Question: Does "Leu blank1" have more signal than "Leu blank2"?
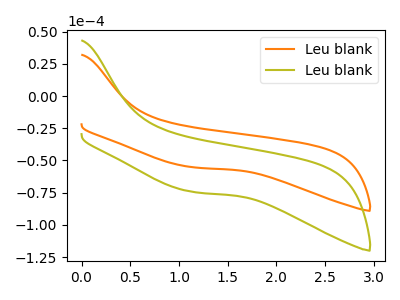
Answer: <think>The orange curve "Leu blank1" has no peaks. The olive curve "Leu blank2" has no peaks.
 Neither "Leu blank1" or "Leu blank2" have any peaks.</think>
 <answer>I cant tell if "Leu blank1" or "Leu blank2" has more signal.</answer>
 <eval>mixed_signal</eval>